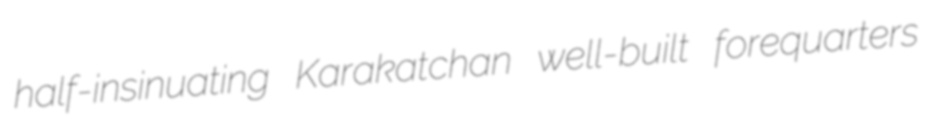
half-insinuating Karakatchan well-built forequarters